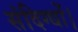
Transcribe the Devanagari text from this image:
संदिग्धों।